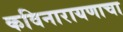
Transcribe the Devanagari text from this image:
कविनारायणाचा